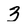
Character: 3